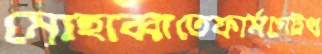
মোহাব্বাতেফার্মগেট্রথ